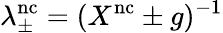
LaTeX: \lambda_{\pm}^{\mathrm{nc}}=(X^{\mathrm{nc}}\pm g)^{-1}